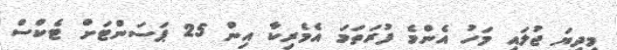
މިދިޔަ ޖުލައި މަހު އެންމެ ފުރަތަމަ އެމެރިކާ އިން 25 ޕަސަންޓަށް ޓެކްސް